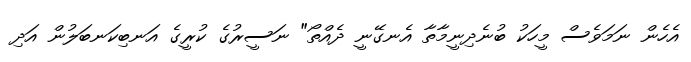
އެހެން ނަމަވެސް މީހަކު ބުނެދިނީމާތާ އެނގޭނީ ދެއްތޯ" ނަސީރުގެ ކުރީގެ އަނބިކަނބަލުން އަދި